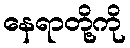
နေရာတို့ကို